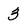
Character: 3